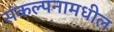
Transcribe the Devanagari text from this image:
संकल्पनामधील